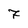
Character: 7